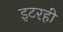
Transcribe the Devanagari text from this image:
इटरही